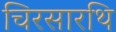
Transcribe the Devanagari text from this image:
चिरसारथि